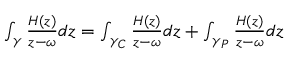
\begin{array} { r } { \int _ { \gamma } \frac { H ( z ) } { z - \omega } d z = \int _ { \gamma _ { C } } \frac { H ( z ) } { z - \omega } d z + \int _ { \gamma _ { P } } \frac { H ( z ) } { z - \omega } d z } \end{array}